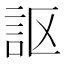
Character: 𧦅